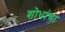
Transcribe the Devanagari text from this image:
शोधांचा